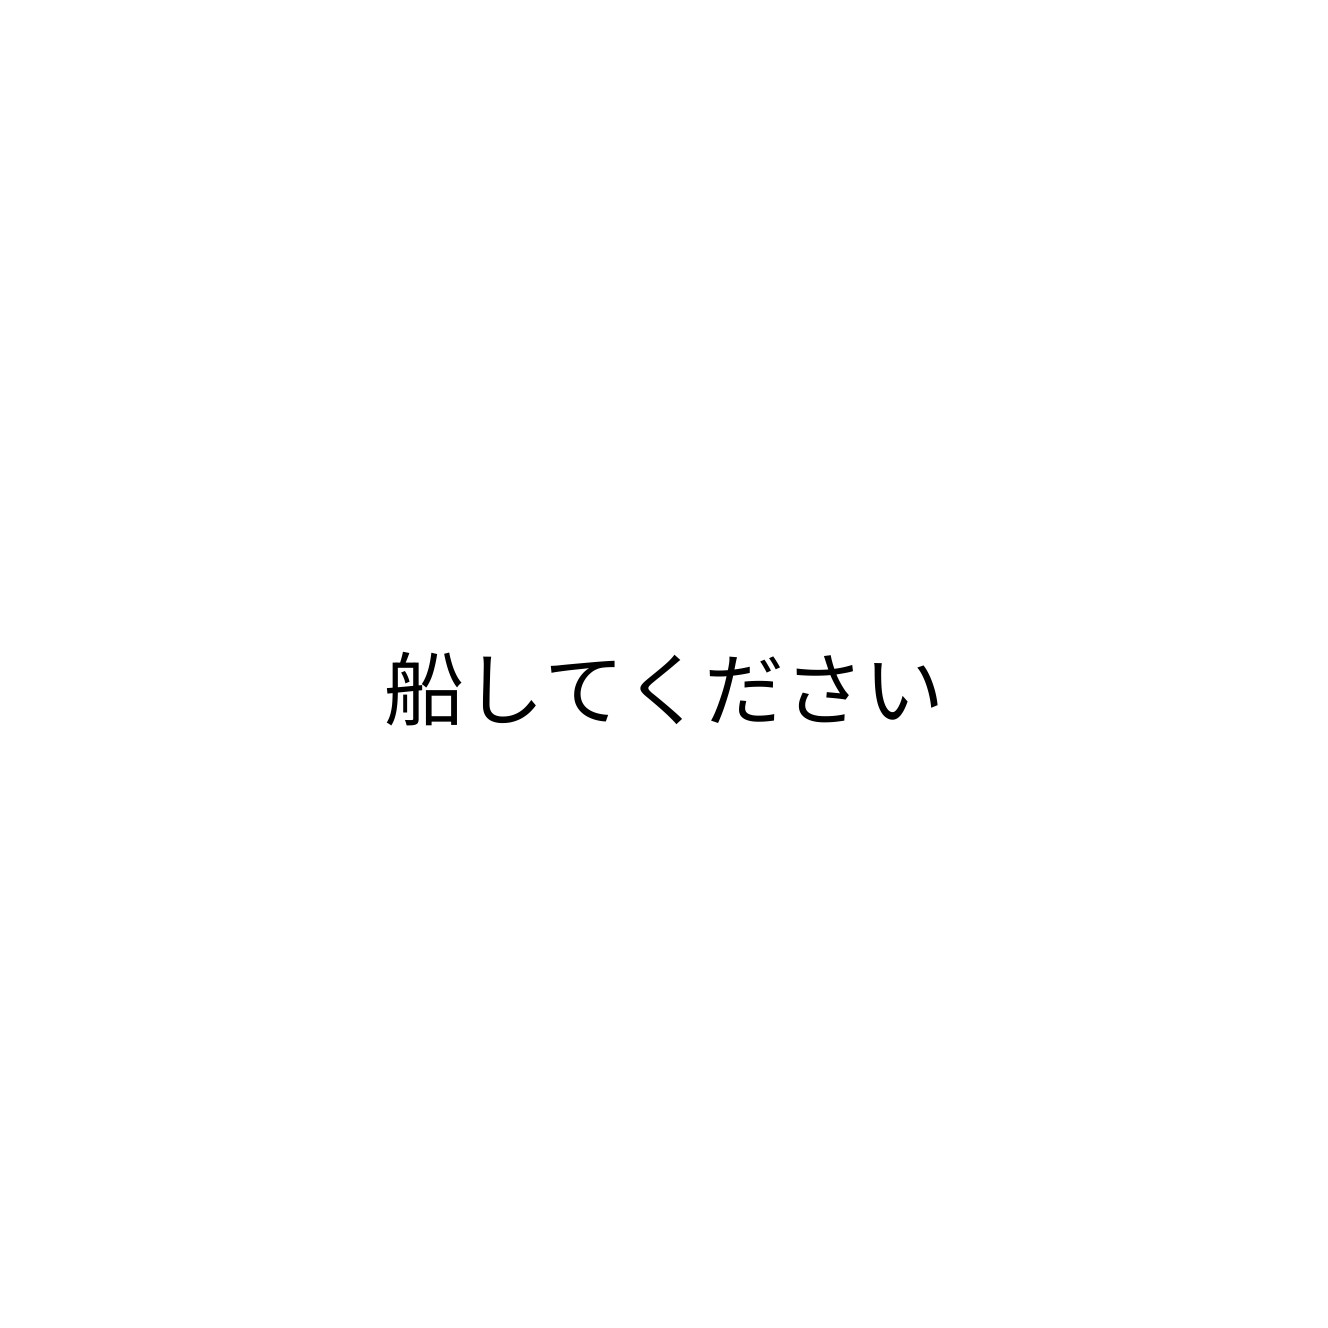
船してください